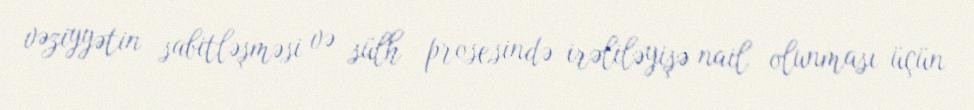
vəziyyətin sabitləşməsi və sülh prosesində irəliləyişə nail olunması üçün